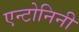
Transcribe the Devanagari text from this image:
एन्टोनिनी